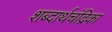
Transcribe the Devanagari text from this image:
शब्दार्थचंद्रिका